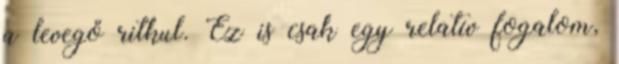
a levegő ritkul. Ez is csak egy relatív fogalom,